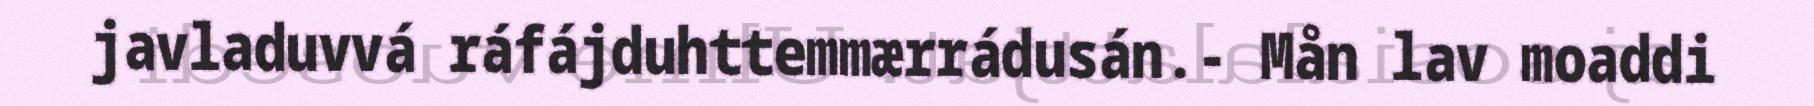
javladuvvá ráfájduhttemmærrádusán.- Mån lav moaddi